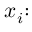
x _ { i } { \mathrm { : } }